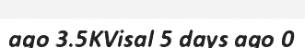
ago 3.5KVisal 5 days ago 0